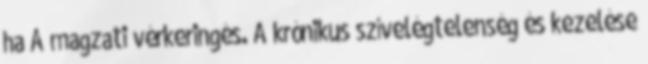
ha A magzati vérkeringés. A krónikus szívelégtelenség és kezelése